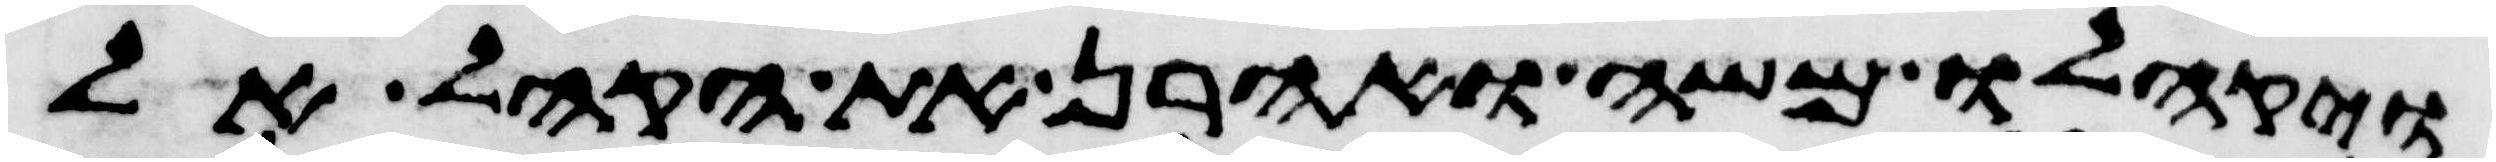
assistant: ויקהלו משה ואהרן את הקהל אל